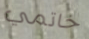
خاتمي